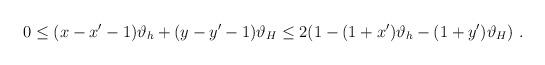
LaTeX: \begin{align*}0\leq (x-x^{\prime }-1)\vartheta _{h}+(y-y^{\prime }-1)\vartheta _{H}\leq2(1-(1+x^{\prime })\vartheta _{h}-(1+y^{\prime })\vartheta _{H})\,\,.\,\end{align*}